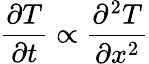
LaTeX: \frac{\partial T}{\partial t}\propto\frac{\partial^{2}T}{\partial x^{2}}